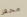
محفز